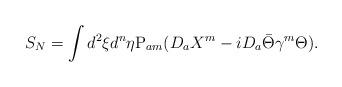
LaTeX: \begin{align*}S_N=\int d^2\xi d^n\eta {\rm P}_{am}(D_a X^{m} -i D_a \bar\Theta\gamma^{m} \Theta).\end{align*}